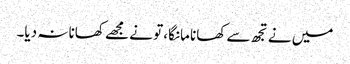
میں نے تجھ سے کھانا مانگا، تو نے مجھے کھانا نہ دیا۔